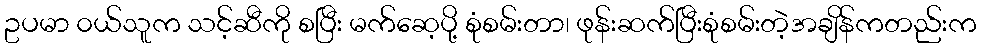
ဥပမာ ၀ယ်သူက သင့်ဆီကို စပြီး မက်ဆေ့ပို့ စုံစမ်းတာ၊ ဖုန်းဆက်ပြီးစုံစမ်းတဲ့အချိန်ကတည်းက